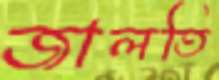
জালতি